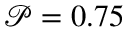
\mathcal { P } = 0 . 7 5